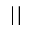
| |